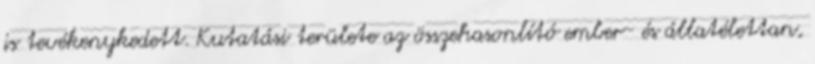
is tevékenykedett. Kutatási területe az összehasonlító ember- és állatélettan,